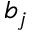
b _ { j }